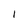
Character: I